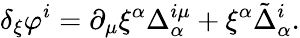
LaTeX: \delta_{\xi}\varphi^{i}=\partial_{\mu}\xi^{\alpha}\Delta_{\alpha}^{i\mu}+\xi^{\alpha}\tilde{\Delta}_{\alpha}^{i}.